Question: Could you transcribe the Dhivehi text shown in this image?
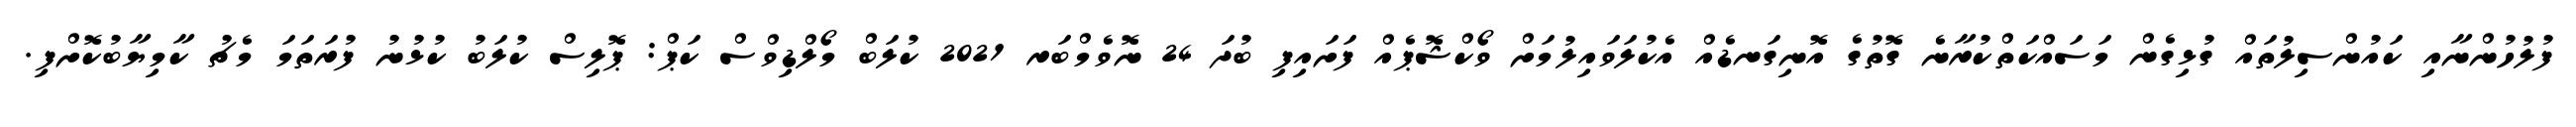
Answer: ފުލުހުންނާއި ކައުންސިލުތައް ގުޅިގެން މަސައްކަތްކުރާނެ ގޮތުގެ އޮނިގަނޑެއް އެކުލަވައިލުމަށް ވޯކްޝޮޕެއް ފަށައިފި ބުދަ 24 ނޮވެމްބަރ 2021 ކުލަބް މޯލްޑިވްސް ކަޕް: ޕޮލިސް ކުލަބު ކުޅުނު ފުރަތަމަ މެޗު ކާމިޔާބުކޮށްފި.